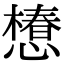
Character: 𢢫